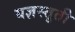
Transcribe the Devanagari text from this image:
यज्ञस्तुती